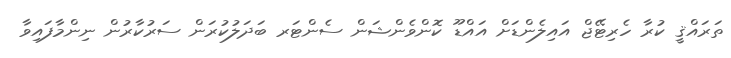
ތަރައްޤީ ކުރާ ހެރިޓޭޖް އައިލެންޑަށް އައްޑޫ ކޮންވެންޝަން ސެންޓަރ ބަދަލުކުރަން ސަރުކާރުން ނިންމާފައިވާ